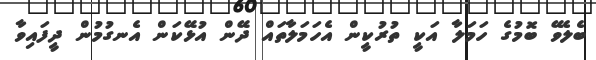
ބެލެވޭ ބޮމުގެ ހަމަލާ އަކީ ތުރުކީން އެހަމަލާތައް ދޭން އުޅޭކަން އެނގުމުން ދީފައިވާ